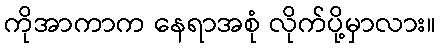
ကိုအာကာက နေရာအစုံ လိုက်ပို့မှာလား။